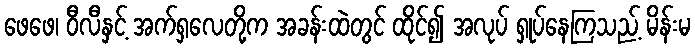
ဖေဖေ၊ ဝီလီနှင့် အက်ရှလေတို့က အခန်းထဲတွင် ထိုင်၍ အလုပ် ရှုပ်နေကြသည့် မိန်းမ